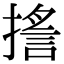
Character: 㨱